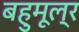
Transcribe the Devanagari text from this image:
बहुमूल्र